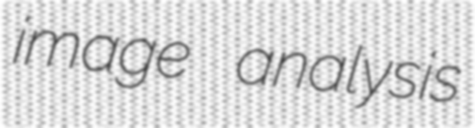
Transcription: image analysis